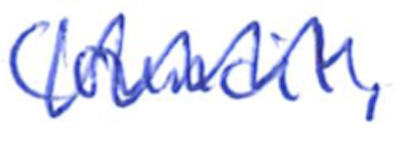
Text: Council,
Cross-out: zig-zag
Writing tool: ballpoint